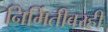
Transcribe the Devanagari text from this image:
निर्मितीवरही